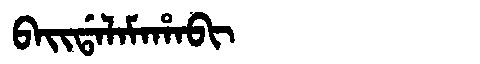
Manchu: ᠪᠠᡳᡩᠠᠯᠠᠮᠠᡥᠠᠪᡳ
Romanization: BAIDALAMAHABI